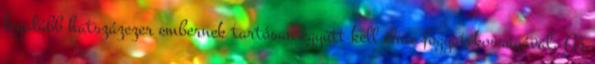
legalább hatszázezer embernek tartósan együtt kell élnie fogyatékosságával. Az